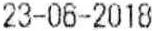
23-06-2018